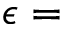
\epsilon =